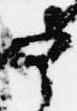
部